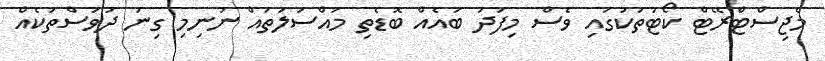
މެޖިސްޓްރޭޓް ކޯޓުތަކުގައި ވެސް މިފަދަ ބައެއް ބޮޑެތި މައްސަލަތައް ނުނިމި ގިނަ ދުވަސްތަކެއް